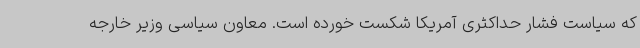
که سیاست فشار حداکثری آمریکا شکست خورده است. معاون سیاسی وزیر خارجه